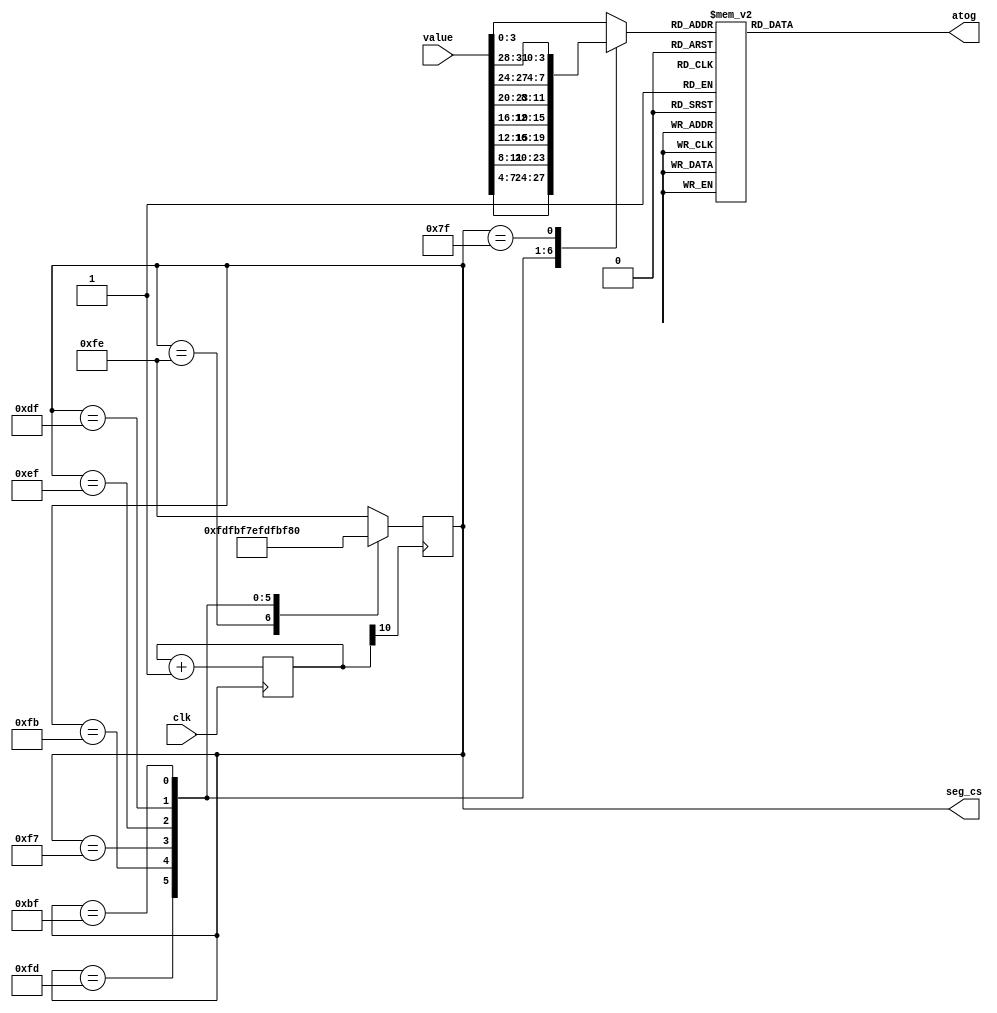
module SegOutput(
	input clk,
	input [31:0]value,
	output reg [7:0]atog,
	output reg [7:0]seg_cs
);
	wire clk_seg;
	reg [10:0]clk_div = 11'b0;
	always @(posedge clk) begin
		clk_div <= clk_div + 1'b1;
	end
	assign clk_seg = clk_div[10];

	always @(posedge clk_seg) begin
		case(seg_cs)
			8'b11111110: seg_cs <= 8'b11111101;
			8'b11111101: seg_cs <= 8'b11111011;
			8'b11111011: seg_cs <= 8'b11110111;
			8'b11110111: seg_cs <= 8'b11101111;
			8'b11101111: seg_cs <= 8'b11011111;
			8'b11011111: seg_cs <= 8'b10111111;
			8'b10111111: seg_cs <= 8'b01111111;
			8'b01111111: seg_cs <= 8'b11111110;
			default: seg_cs <= 8'b11111110;
		endcase
	end

	reg [3:0]now_to_show;
	always @(*) begin
		case(seg_cs)
			8'b11111110: now_to_show = value[3:0];
			8'b11111101: now_to_show = value[7:4];
			8'b11111011: now_to_show = value[11:8];
			8'b11110111: now_to_show = value[15:12];
			8'b11101111: now_to_show = value[19:16];
			8'b11011111: now_to_show = value[23:20];
			8'b10111111: now_to_show = value[27:24];
			8'b01111111: now_to_show = value[31:28];
			default: now_to_show = value[3:0];
		endcase
	end

	always @(*) begin
		case(now_to_show)
			4'b0000: atog = 8'b00000011;
			4'b0001: atog = 8'b10011111;
			4'b0010: atog = 8'b00100101;
			4'b0011: atog = 8'b00001101;
			4'b0100: atog = 8'b10011001;
			4'b0101: atog = 8'b01001001;
			4'b0110: atog = 8'b01000001;
			4'b0111: atog = 8'b00011111;
			4'b1000: atog = 8'b00000001;
			4'b1001: atog = 8'b00001001;
			4'b1010: atog = 8'b01100001;//E
			4'b1011: atog = 8'b11010101;//n
			4'b1100: atog = 8'b10000101;//d
			4'b1101: atog = 8'b11111101;//dash
			default: atog = 8'b11111111;//empty
		endcase
	end
endmodule